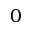
0